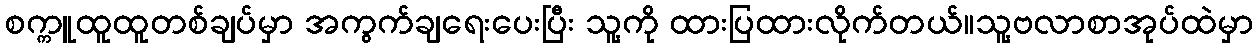
စက္ကူထူထူတစ်ချပ်မှာ အကွက်ချရေးပေးပြီး သူ့ကို ထားပြထားလိုက်တယ်။သူ့ဗလာစာအုပ်ထဲမှာ